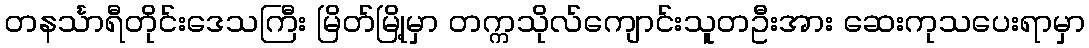
တနင်္သာရီတိုင်းဒေသကြီး မြိတ်မြို့မှာ တက္ကသိုလ်ကျောင်းသူတဦးအား ဆေးကုသပေးရာမှာ